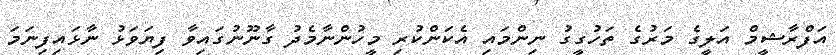
އަފްރާޝީމް އަލީގެ މަރުގެ ތަހުގީގު ނިންމައި އެކަންކުރި މީހުންނާމެދު ގާނޫނުގައިވާ ފިޔަވަޅު ނާޅައިފިނަމަ